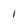
Character: 1